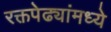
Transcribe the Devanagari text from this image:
रक्तपेढ्यांमध्ये